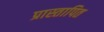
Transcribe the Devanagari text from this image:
प्रास्तापित